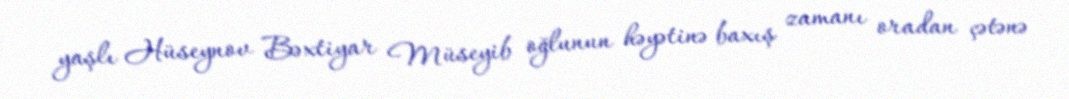
yaşlı Hüseynov Bəxtiyar Müseyib oğlunun həyətinə baxış zamanı oradan çətənə